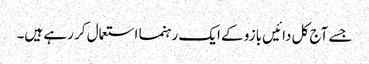
جسے آج کل دائیں بازو کے ایک رہنما استعمال کر رہے ہیں۔